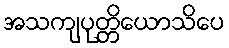
အသကျပုတ္တိယောသိပေ